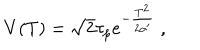
LaTeX: V ( T ) = \sqrt { 2 } \tau _ { p } e ^ { - { \frac { T ^ { 2 } } { 2 \alpha ^ { \prime } } } } \ ,